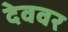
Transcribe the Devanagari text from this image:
देववर